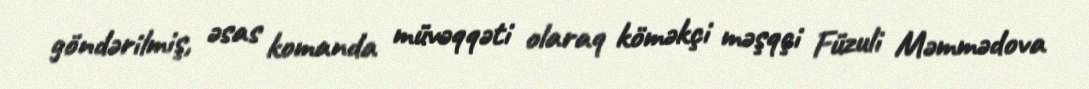
göndərilmiş, əsas komanda müvəqqəti olaraq köməkçi məşqçi Füzuli Məmmədova